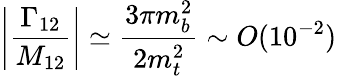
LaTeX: \left|\frac{\Gamma_{12}}{M_{12}}\right|\simeq\frac{3\pi m_{b}^{2}}{2m_{t}^{2}}\sim O(10^{-2})